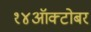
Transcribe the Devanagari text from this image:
१४ऑक्टोबर